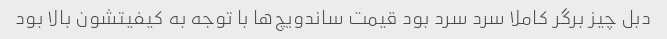
دبل چیز برگر کاملا سرد سرد بود قیمت ساندویچ‌ها با توجه به کیفیتشون بالا بود